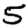
Digit: 5